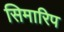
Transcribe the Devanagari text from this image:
सिमारिप